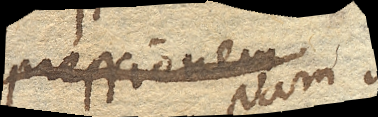
pressionem